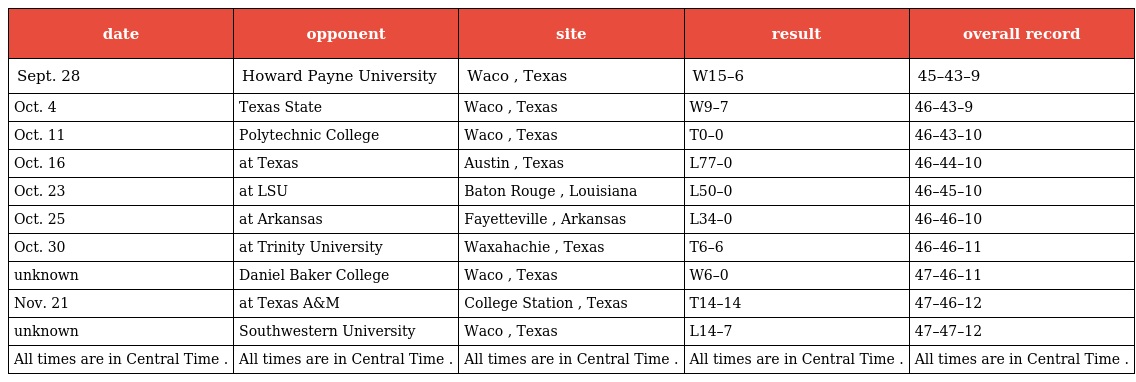
| date | opponent | site | result | overall record |
 | --- | --- | --- | --- | --- |
 | Sept. 28 | Howard Payne University | Waco , Texas | W15–6 | 45–43–9 |
 | Oct. 4 | Texas State | Waco , Texas | W9–7 | 46–43–9 |
 | Oct. 11 | Polytechnic College | Waco , Texas | T0–0 | 46–43–10 |
 | Oct. 16 | at Texas | Austin , Texas | L77–0 | 46–44–10 |
 | Oct. 23 | at LSU | Baton Rouge , Louisiana | L50–0 | 46–45–10 |
 | Oct. 25 | at Arkansas | Fayetteville , Arkansas | L34–0 | 46–46–10 |
 | Oct. 30 | at Trinity University | Waxahachie , Texas | T6–6 | 46–46–11 |
 | unknown | Daniel Baker College | Waco , Texas | W6–0 | 47–46–11 |
 | Nov. 21 | at Texas A&M | College Station , Texas | T14–14 | 47–46–12 |
 | unknown | Southwestern University | Waco , Texas | L14–7 | 47–47–12 |
 | All times are in Central Time . | All times are in Central Time . | All times are in Central Time . | All times are in Central Time . | All times are in Central Time . |